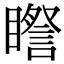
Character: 𥋯